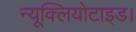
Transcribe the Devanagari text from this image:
न्यूक्लियोटाइड।